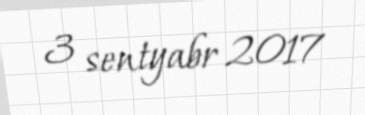
3 sentyabr 2017